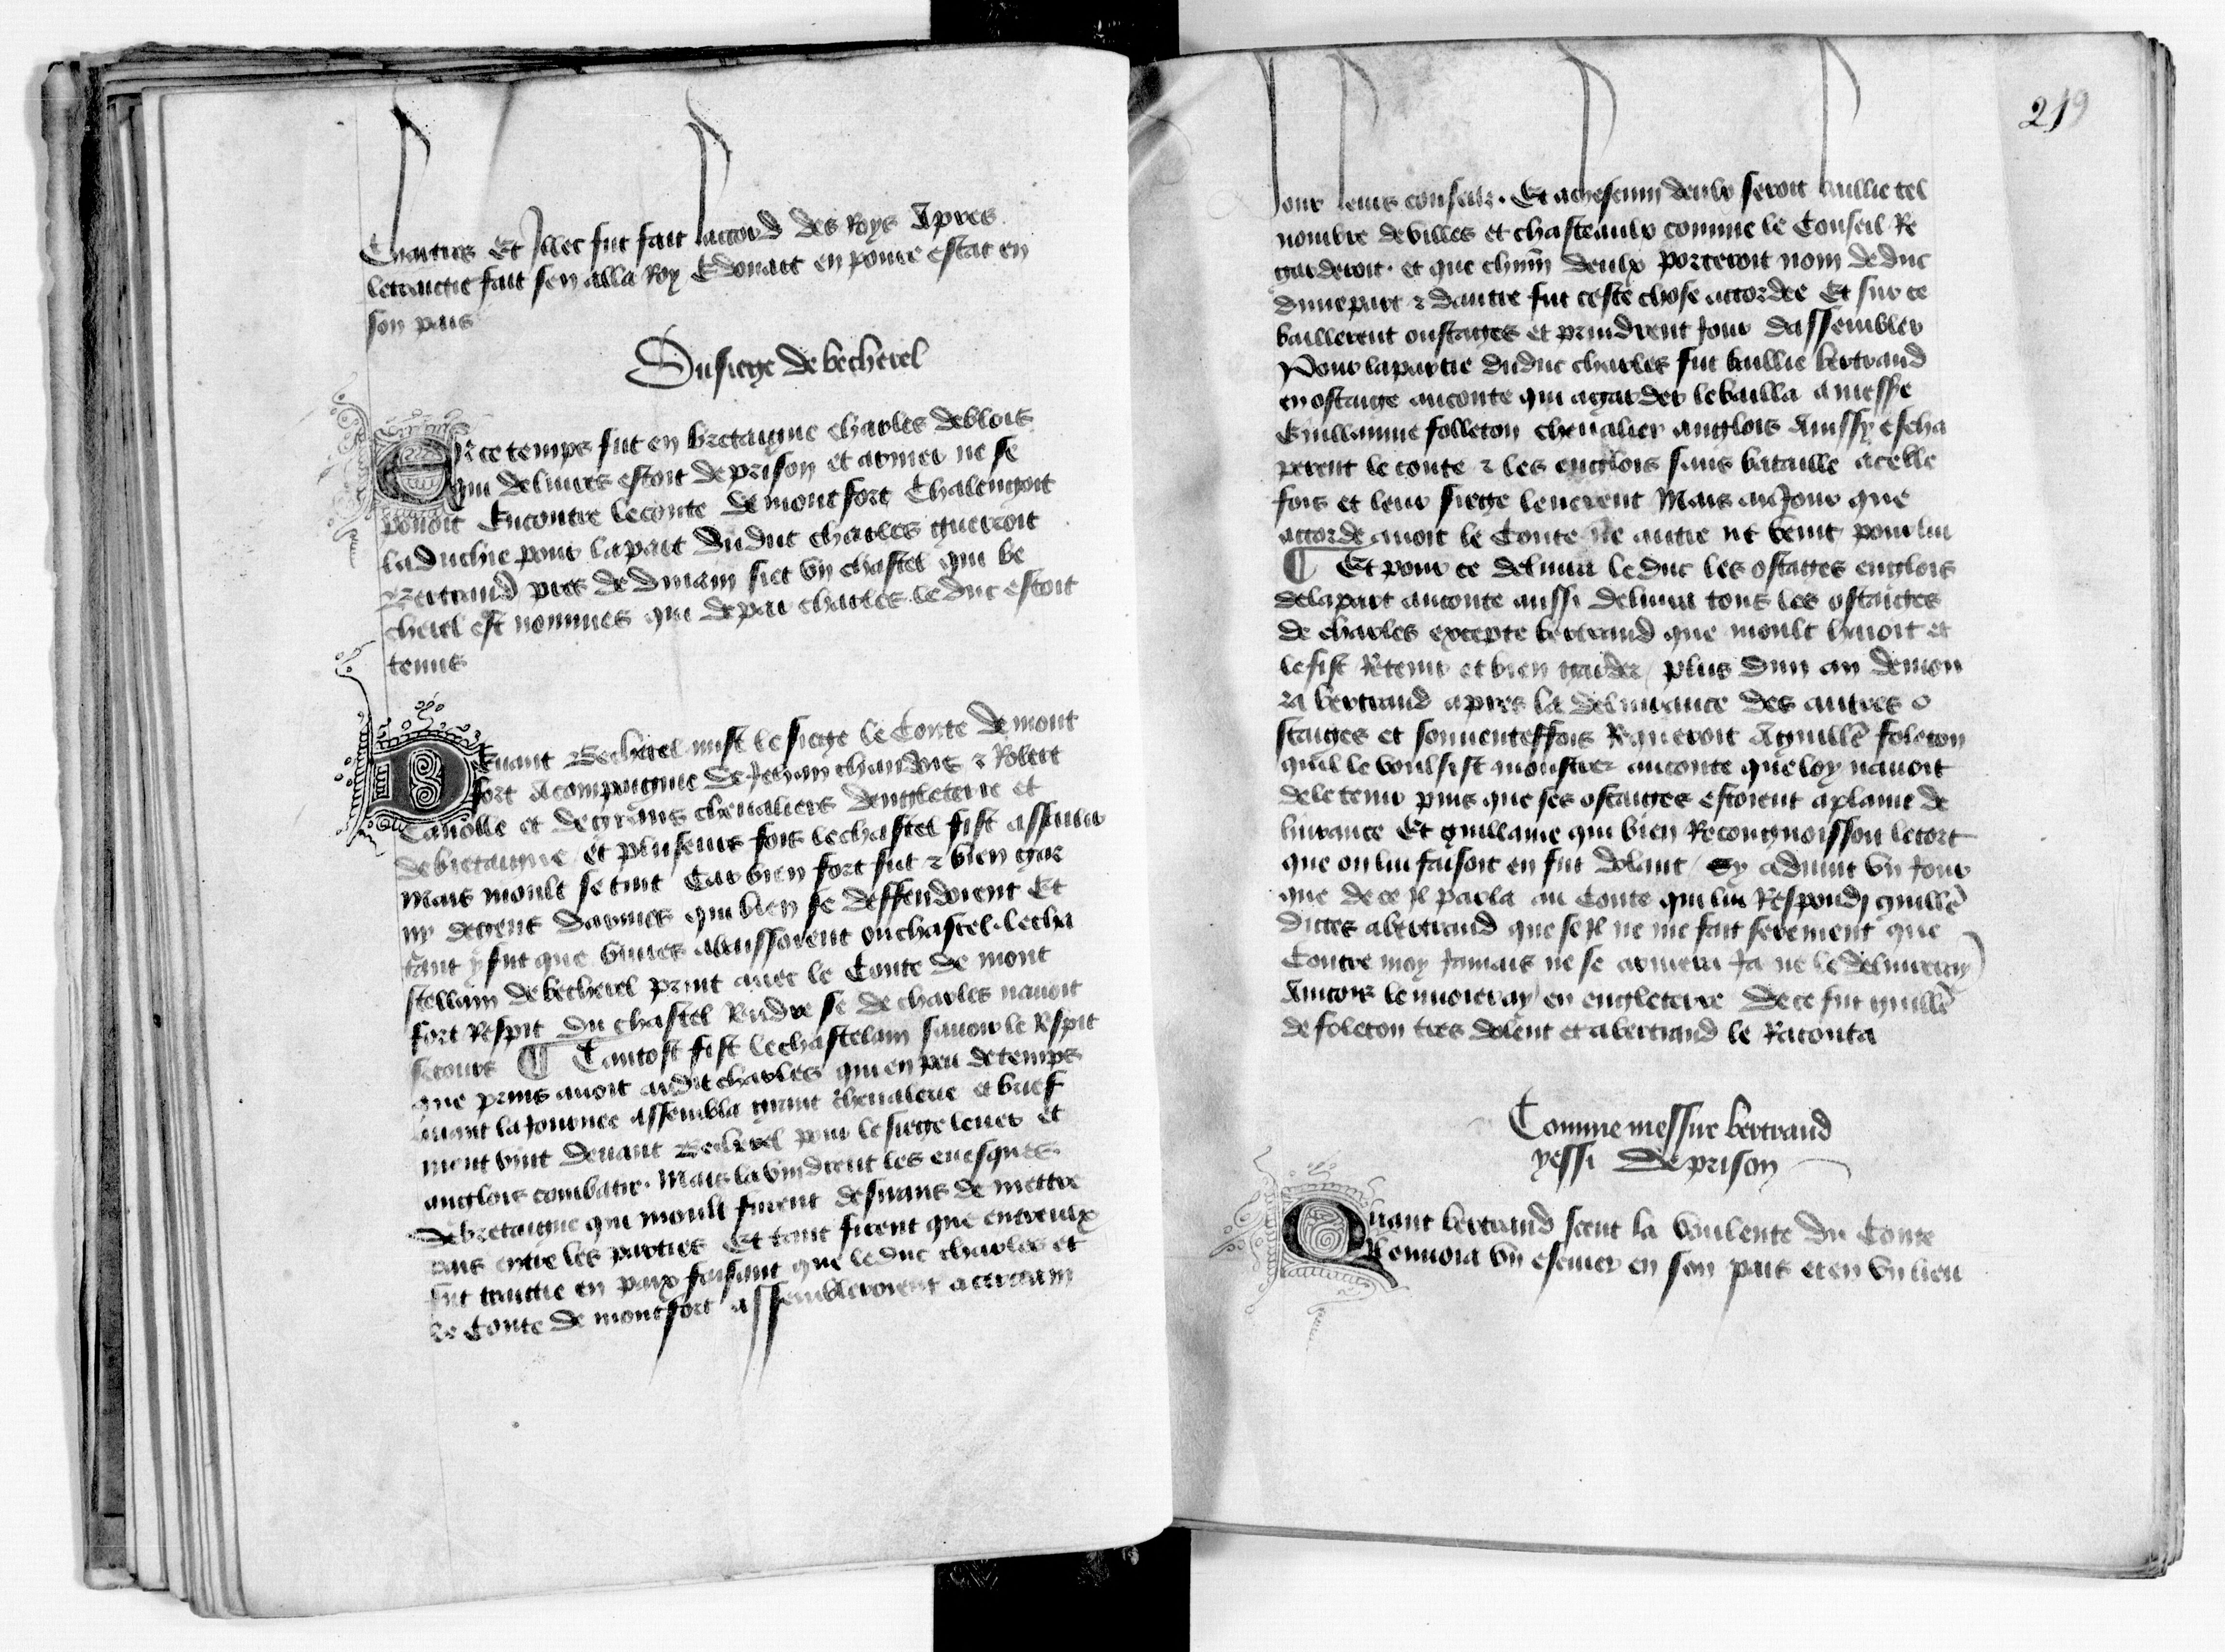
Shelfmark: Paris, BnF, fr. 1984
Century: 15